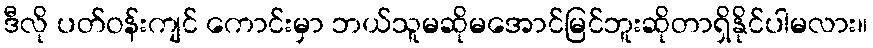
ဒီလို ပတ်ဝန်းကျင် ကောင်းမှာ ဘယ်သူမဆိုမအောင်မြင်ဘူးဆိုတာရှိနိုင်ပါမလား။